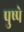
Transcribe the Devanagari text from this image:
पुष्पे